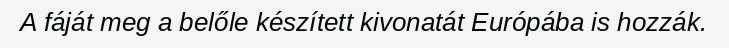
A fáját meg a belőle készített kivonatát Európába is hozzák.